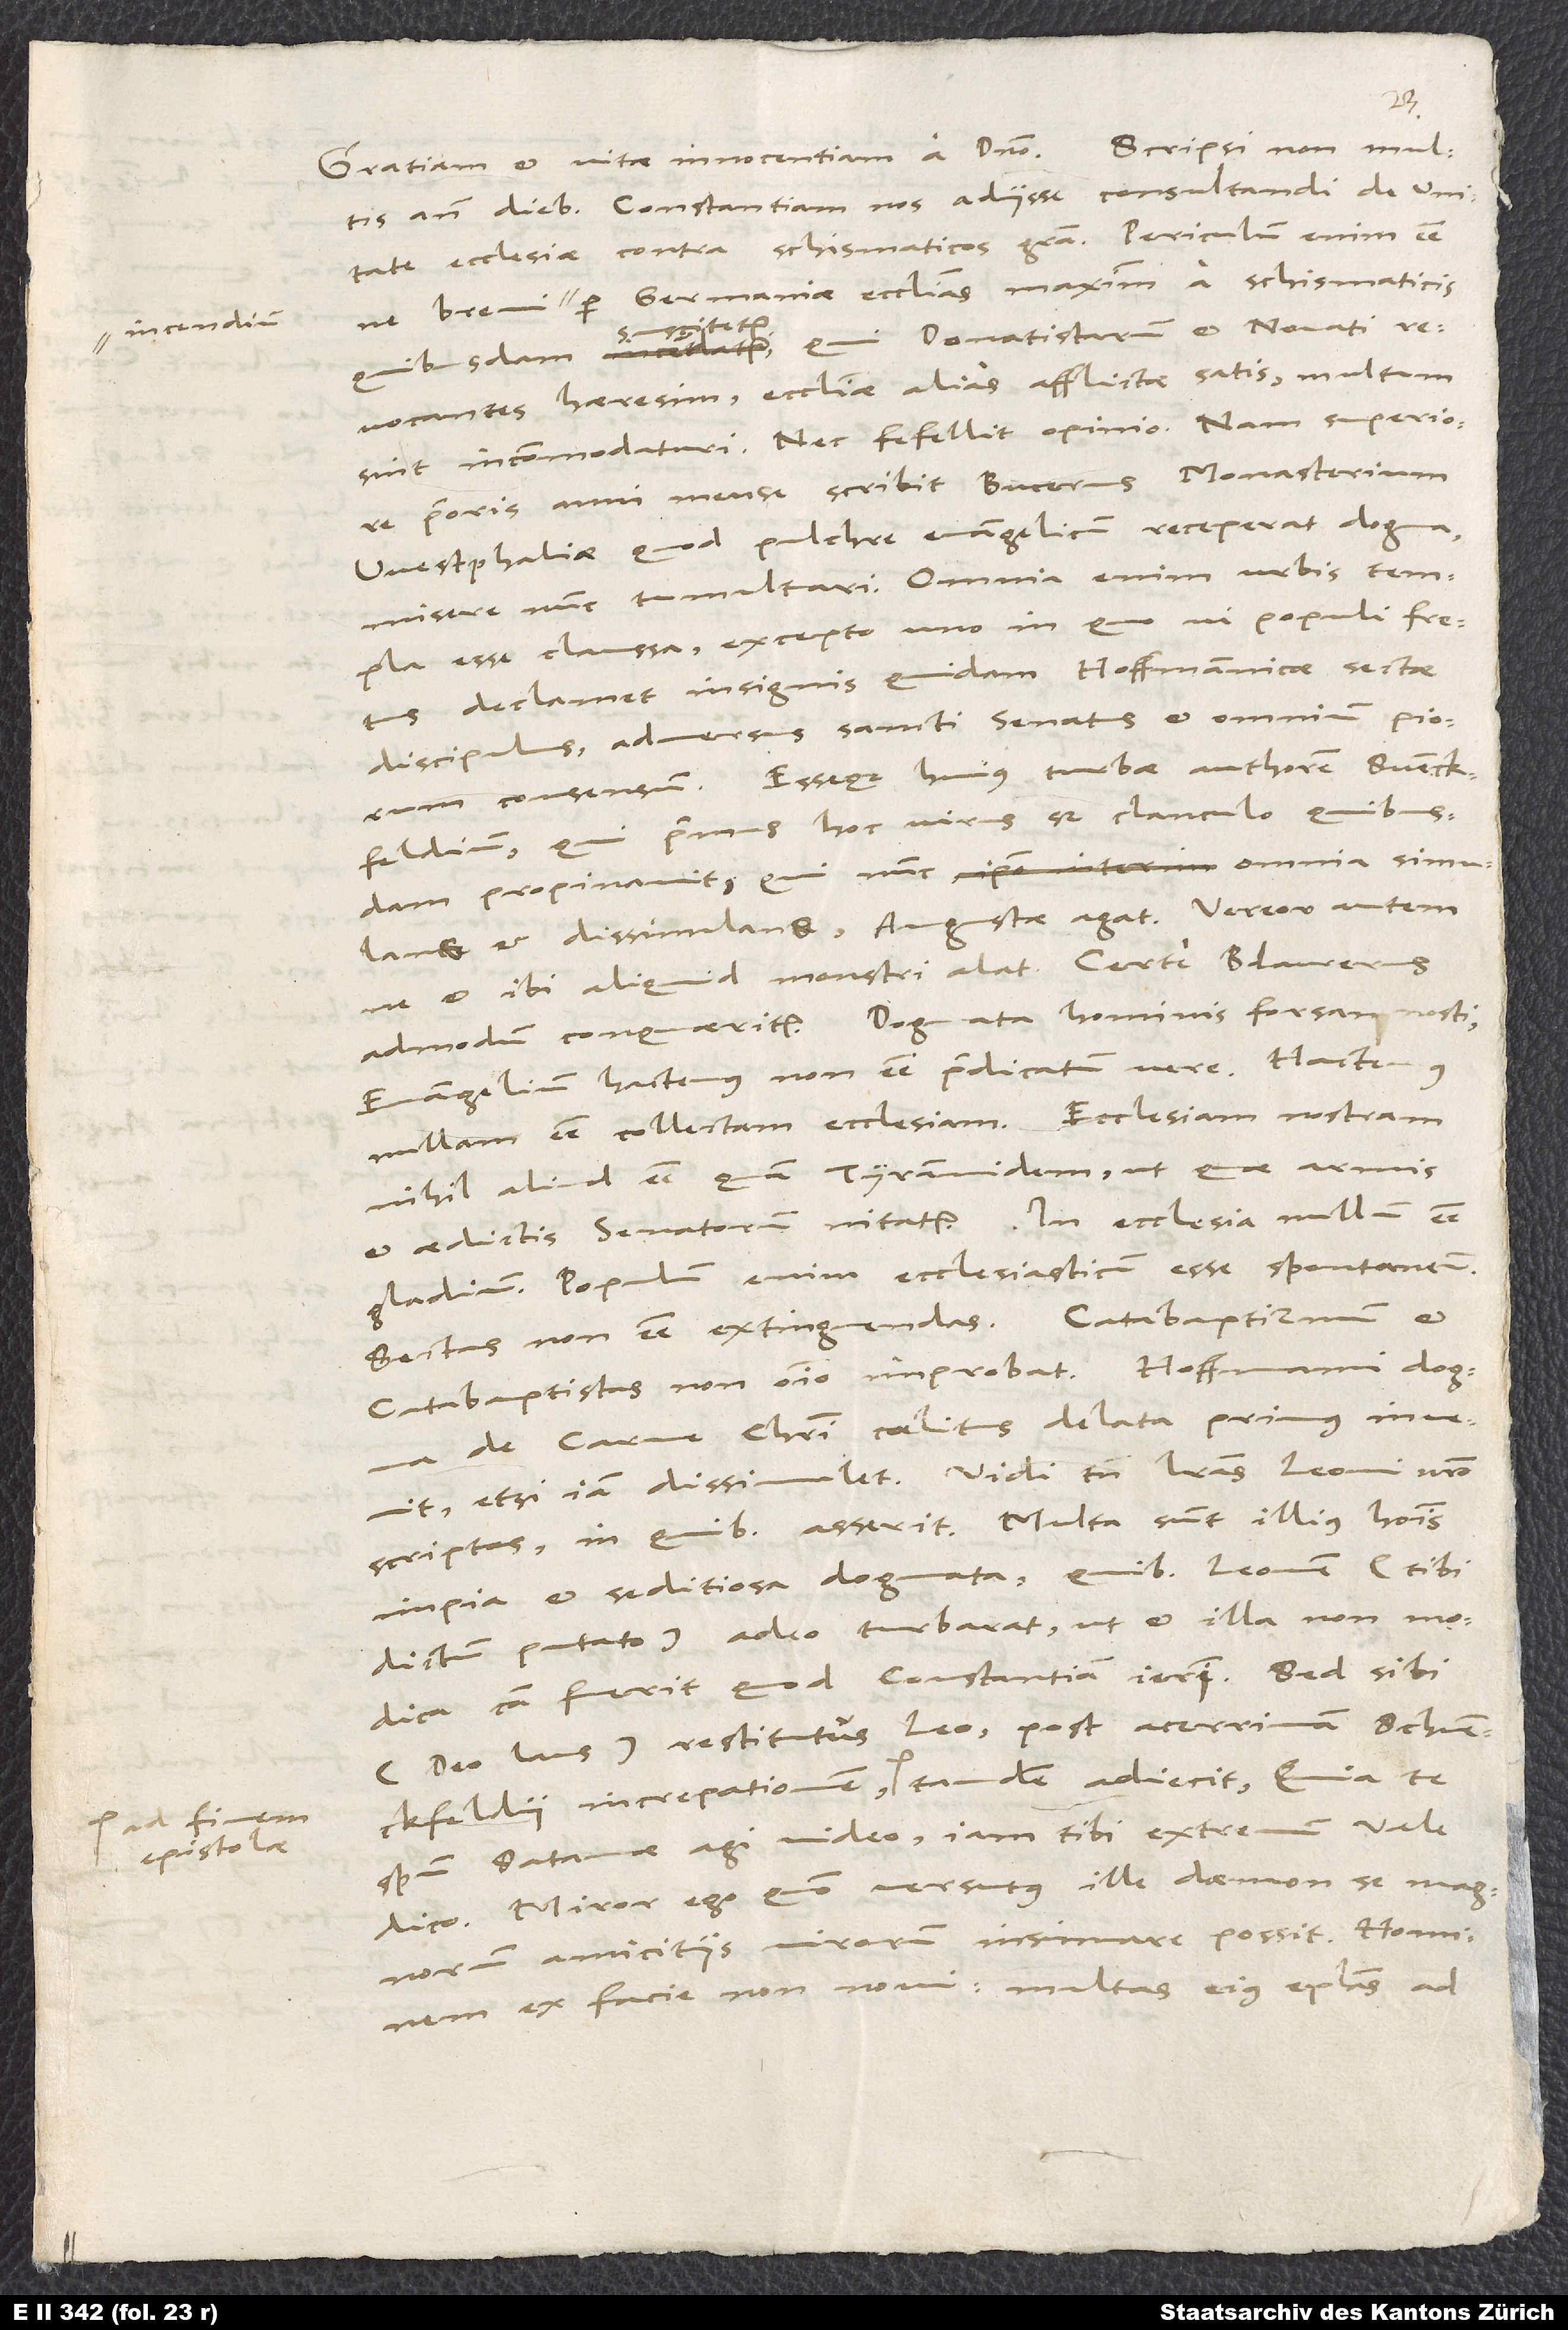
incendium

23.
ante diebus Constantiam nos adiisse consultandi de unitate
ecclesiae contra schismaticos gratia. Periculum enim esse,
per Germaniae ecclesias maximum a schismaticis
quibusdam suscitetur, qui Donatistarum et Novati